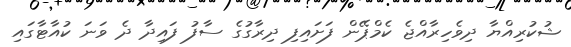
ޝުކުރިއްޔާ ދިވެހިރާއްޖެ ކެމްޕޭން ފަށައިފި ދިރާގުގެ ސާފު ފައިދާ ދެ ވަނަ ކުއާޓާގައި